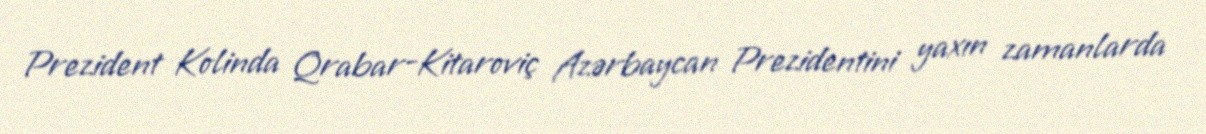
Prezident Kolinda Qrabar-Kitaroviç Azərbaycan Prezidentini yaxın zamanlarda